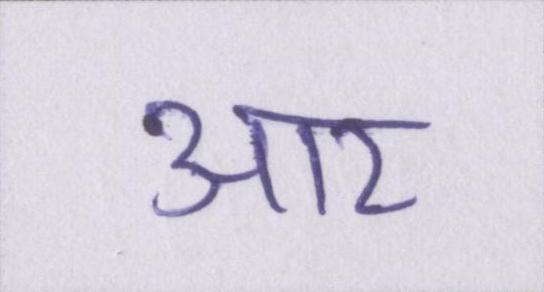
आर